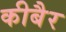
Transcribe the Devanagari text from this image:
कीबैर